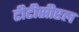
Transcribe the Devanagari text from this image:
टीटीसीएल